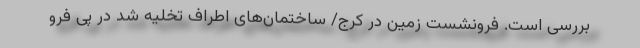
بررسی است. فرونشست زمین در کرج/ ساختمان‌های اطراف تخلیه شد در پی فرو